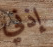
إذني